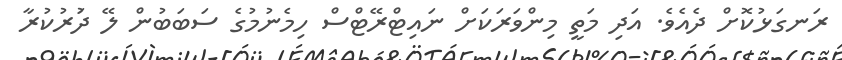
ރަނގަޅުކޮށް ދެއެވެ. އަދި މަތީ މިންވަރަކަށް ނައިޓްރޭޓްސް ހިމެނުމުގެ ސަބަބުން ލޭ ދަުރުކުރާ